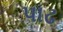
પાઢ